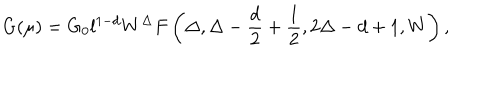
G ( \mu ) = G _ { 0 } l ^ { 1 - d } W ^ { \Delta } F \left( \Delta , \Delta - \frac { d } { 2 } + \frac { 1 } { 2 } , 2 \Delta - d + 1 , W \right) ,